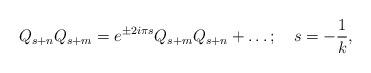
LaTeX: \begin{align*}Q_{s+n}Q_{s+m}=e^{\pm 2i{\pi} s}Q_{s+m}Q_{s+n}+ \ldots;\quad s={-{1\over k}},\end{align*}